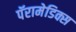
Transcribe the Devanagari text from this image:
पॅरामेडिक्स